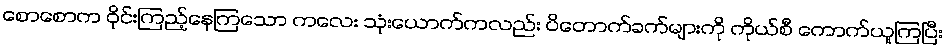
စောစောက ဝိုင်းကြည့်နေကြသော ကလေး သုံးယောက်ကလည်း ပိတောက်ခက်များကို ကိုယ်စီ ကောက်ယူကြပြီး